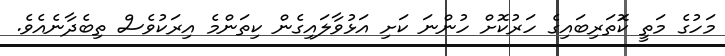
މަހުގެ މަތީ ކޮަތަރިބައިގެ ހަރުކޮށް ހުންނަ ކަށި އަޅުވާލައިގެން ކިތަންމެ އިރަކުވެސް ތިބެދާނެއެވެ.